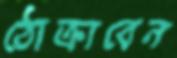
ঠোক্‌রাবেন